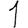
Digit: 1